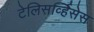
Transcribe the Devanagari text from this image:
टेलिसर्व्हिसेस